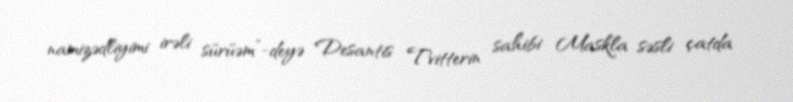
namizədliyimi irəli sürüəm”-deyə Desantis Tvitterin sahibi Maskla səsli çatda